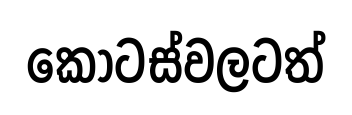
කොටස්වලටත්